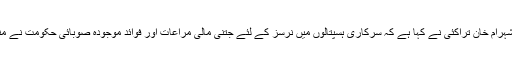
2016ء )خیبر پختونخوا کے سنیئر وزیر برائے صحت شہرام خان تراکئی نے کہا ہے کہ سرکاری ہسپتالوں میں نرسز کے لئے جتنی مالی مراعات اور فوائد موجودہ صوبائی حکومت نے منظور کئے ہیں ماضی میں اس کی کوئی مثال نہیں ملتی ۔